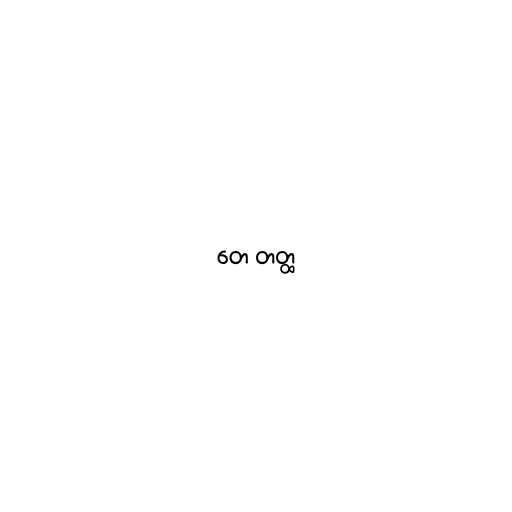
တေ တတ္ထ